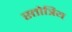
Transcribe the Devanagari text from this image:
स्तोत्रिय